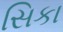
સિકા